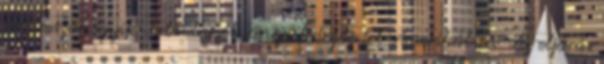
professzor egyik volt tanítványa fedezte fel Amerikában. Az eljárás